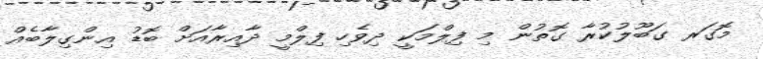
މޮގަރ ގަބޫލުކުރާ ގޮތުން މި ފިލްމަކީ ދިވެހި ފިލްމީ ދާއިރާއަށް ބޮޑު އިންގިލާބެއް